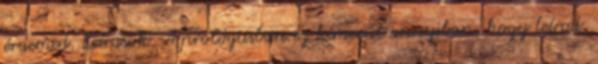
érdemed. Leírások. A prológusban ez kimerül annyiban, hogy leírod,